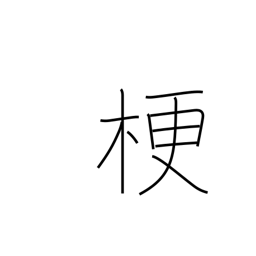
Meaning: close up